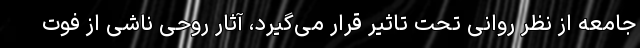
جامعه از نظر روانی تحت تاثیر قرار می‌گیرد، آثار روحی ناشی از فوت